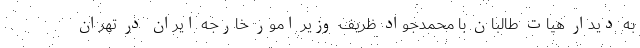
به دیدار هیات طالبان با محمدجواد ظریف وزیر امور خارجه ایران در تهران